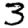
Digit: 3